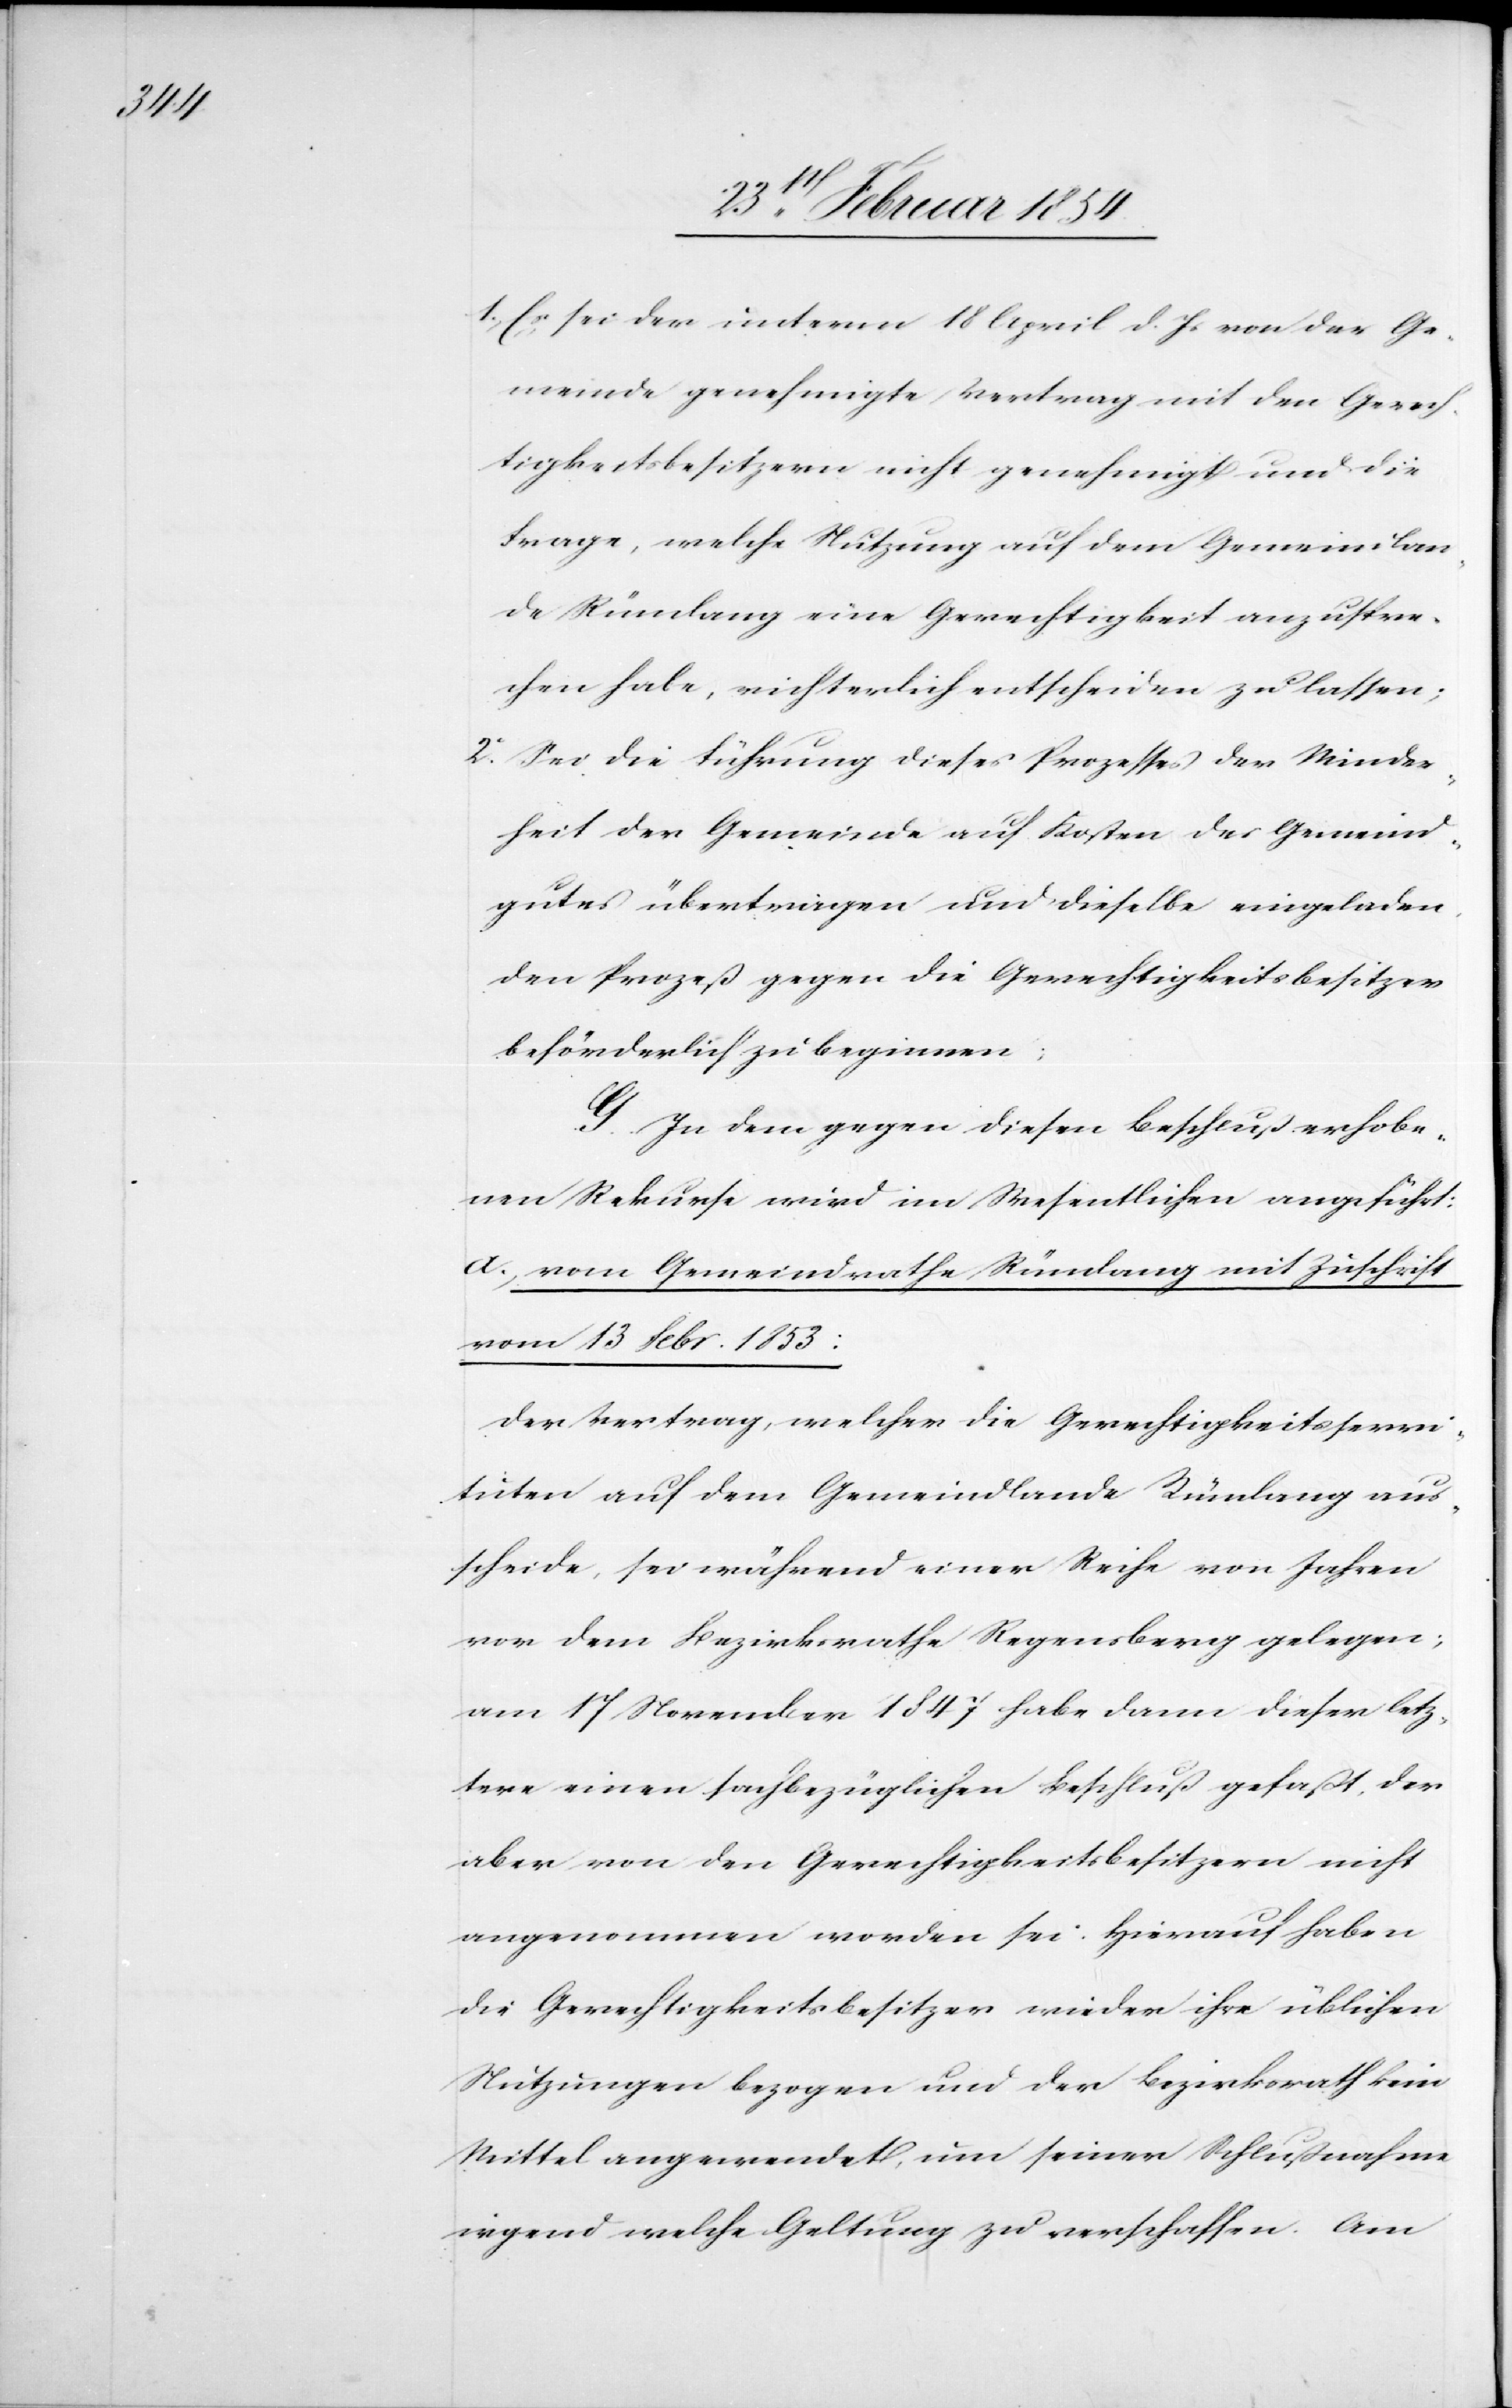
1. Es sei der unterm 18 April d. Js von der Ge¬
meinde genehmigte Vertrag mit den Gerech¬
tigkeitsbesitzern nicht genehmigt und die
Frage, welche Nutzung auf dem Gemeindlan¬
de Rümlang eine Gerechtigkeit auszuspre¬
chen habe, richterlich entscheiden zu lassen;
2o Sei die Führung dieses Prozesses der Minder¬
heit der Gemeinde auf Kosten des Gemeind¬
gutes übertragen und dieselbe eingeladen,
den Prozeß gegen die Gerechtigkeitsbesitzer
beförderlich z beginnen;
G. In dem gegen diesen Beschluß erhobe¬
nen Rekurse wird im Wesentlichen angeführt:
a. Vom Gemeindrathe Rümlang mit Zuschrift
vom 13 Febr. 1853:
Der Vertrag, welcher die Gerechtigkeitsservi¬
tuten auf dem Gemeindlande Rümlang aus¬
scheide, sei während einer Reihe von Jahren
vor dem Bezirksrathe Regensberg gelegen;
am 17 November 1847 habe dann dieser letz¬
tere einen sachbezüglichen Beschluß gefaßt, der
aber von den Gerechtigkeitsbesitzern nicht
angenommen worden sei. Hierauf haben
die Gerechtigkeitsbesitzer wieder ihre üblichen
Nutzungen bezogen und der Bezirksrath kein
Mittel angewendet, um seiner Schlußnahme
irgend welche Geltung zu verschaffen. Am